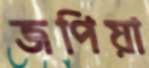
জপিয়া